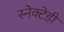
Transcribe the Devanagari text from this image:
स्नेक्टेडी